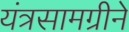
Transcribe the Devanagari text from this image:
यंत्रसामग्रीने